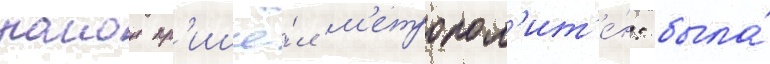
раион пр'ишё́л м'етропол'ит'е́н: была́